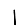
Digit: 1